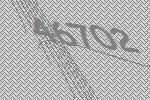
46702